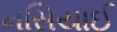
મસિયાઈ